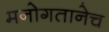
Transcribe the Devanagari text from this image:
मनोगतानेच